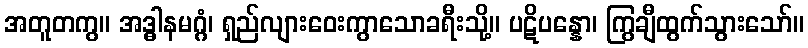
အတူတကွ။ အဒ္ဓါနမဂ္ဂံ၊ ရှည်လျားဝေးကွာသောခရီးသို့။ ပဋိပန္နော၊ ကြွချီထွက်သွားသော်။